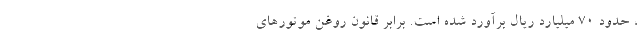
، حدود 70 میلیارد ریال برآورد شده است‌. برابر قانون روغن موتور‌های